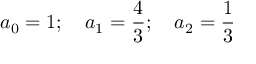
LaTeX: a _ { 0 } = 1 ; \quad a _ { 1 } = { \frac { 4 } { 3 } } ; \quad a _ { 2 } = { \frac { 1 } { 3 } }